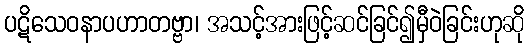
ပဋိသေဝနာပဟာတဗ္ဗာ၊ အသင့်အားဖြင့်ဆင်ခြင်၍မှီဝဲခြင်းဟုဆို